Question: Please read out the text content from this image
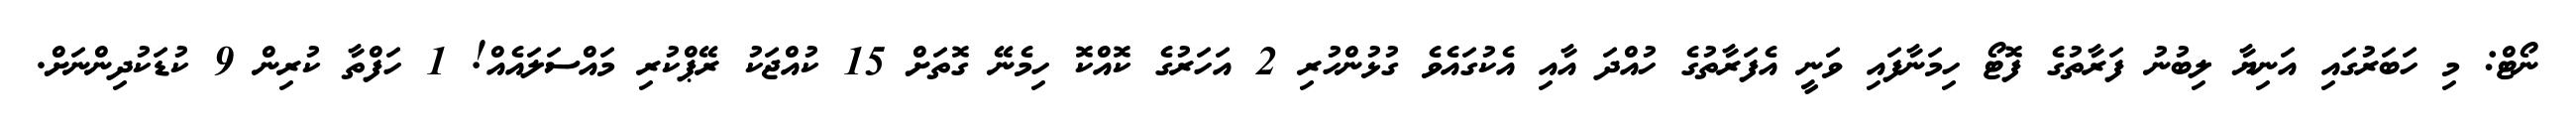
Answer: ނޯޓް: މި ހަބަރުގައި އަނިޔާ ލިބުނު ފަރާތުގެ ފޮޓޯ ހިމަނާފައި ވަނީ އެފަރާތުގެ ހުއްދަ އާއި އެކުގައެވެ ގުޅުންހުރި 2 އަހަރުގެ ކޮއްކޮ ހިމެނޭ ގޮތަށް 15 ކުއްޖަކު ރޭޕްކުރި މައްސަލައެއް! 1 ހަފްތާ ކުރިން 9 ކުޑަކުދިންނަށް.